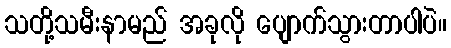
သတို့သမီးနာမည် အခုလို ပျောက်သွားတာပါပဲ။